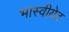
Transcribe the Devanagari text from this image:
भास्वीयेद